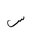
Letter: _sin